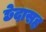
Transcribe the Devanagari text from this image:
छेदासह